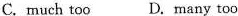
C. much too D. many too